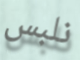
نلبس